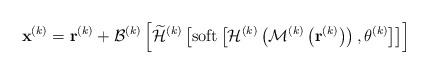
LaTeX: \begin{align*} \mathbf{x}^{(k)}=\mathbf{r}^{(k)}+\mathcal{B}^{(k)}\left[\widetilde{\mathcal{H}}^{(k)}\left[\mbox{soft}\left[\mathcal{H}^{(k)}\left(\mathcal{M}^{(k)}\left(\mathbf{r}^{(k)}\right)\right), \theta^{(k)}\right]\right]\right]\end{align*}